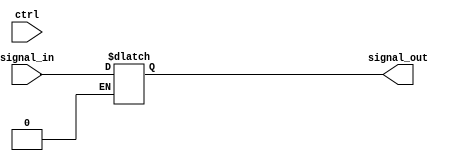
module tri_buffer_4bit(
    input [3:0] signal_in,
    input ctrl,
    output reg [3:0] signal_out
);

    always @(*)
    begin
        if (ctrl == 0)
           signal_out = 4'bz;
        else if (ctrl == 1)
           signal_out = signal_in;
    end


endmodule